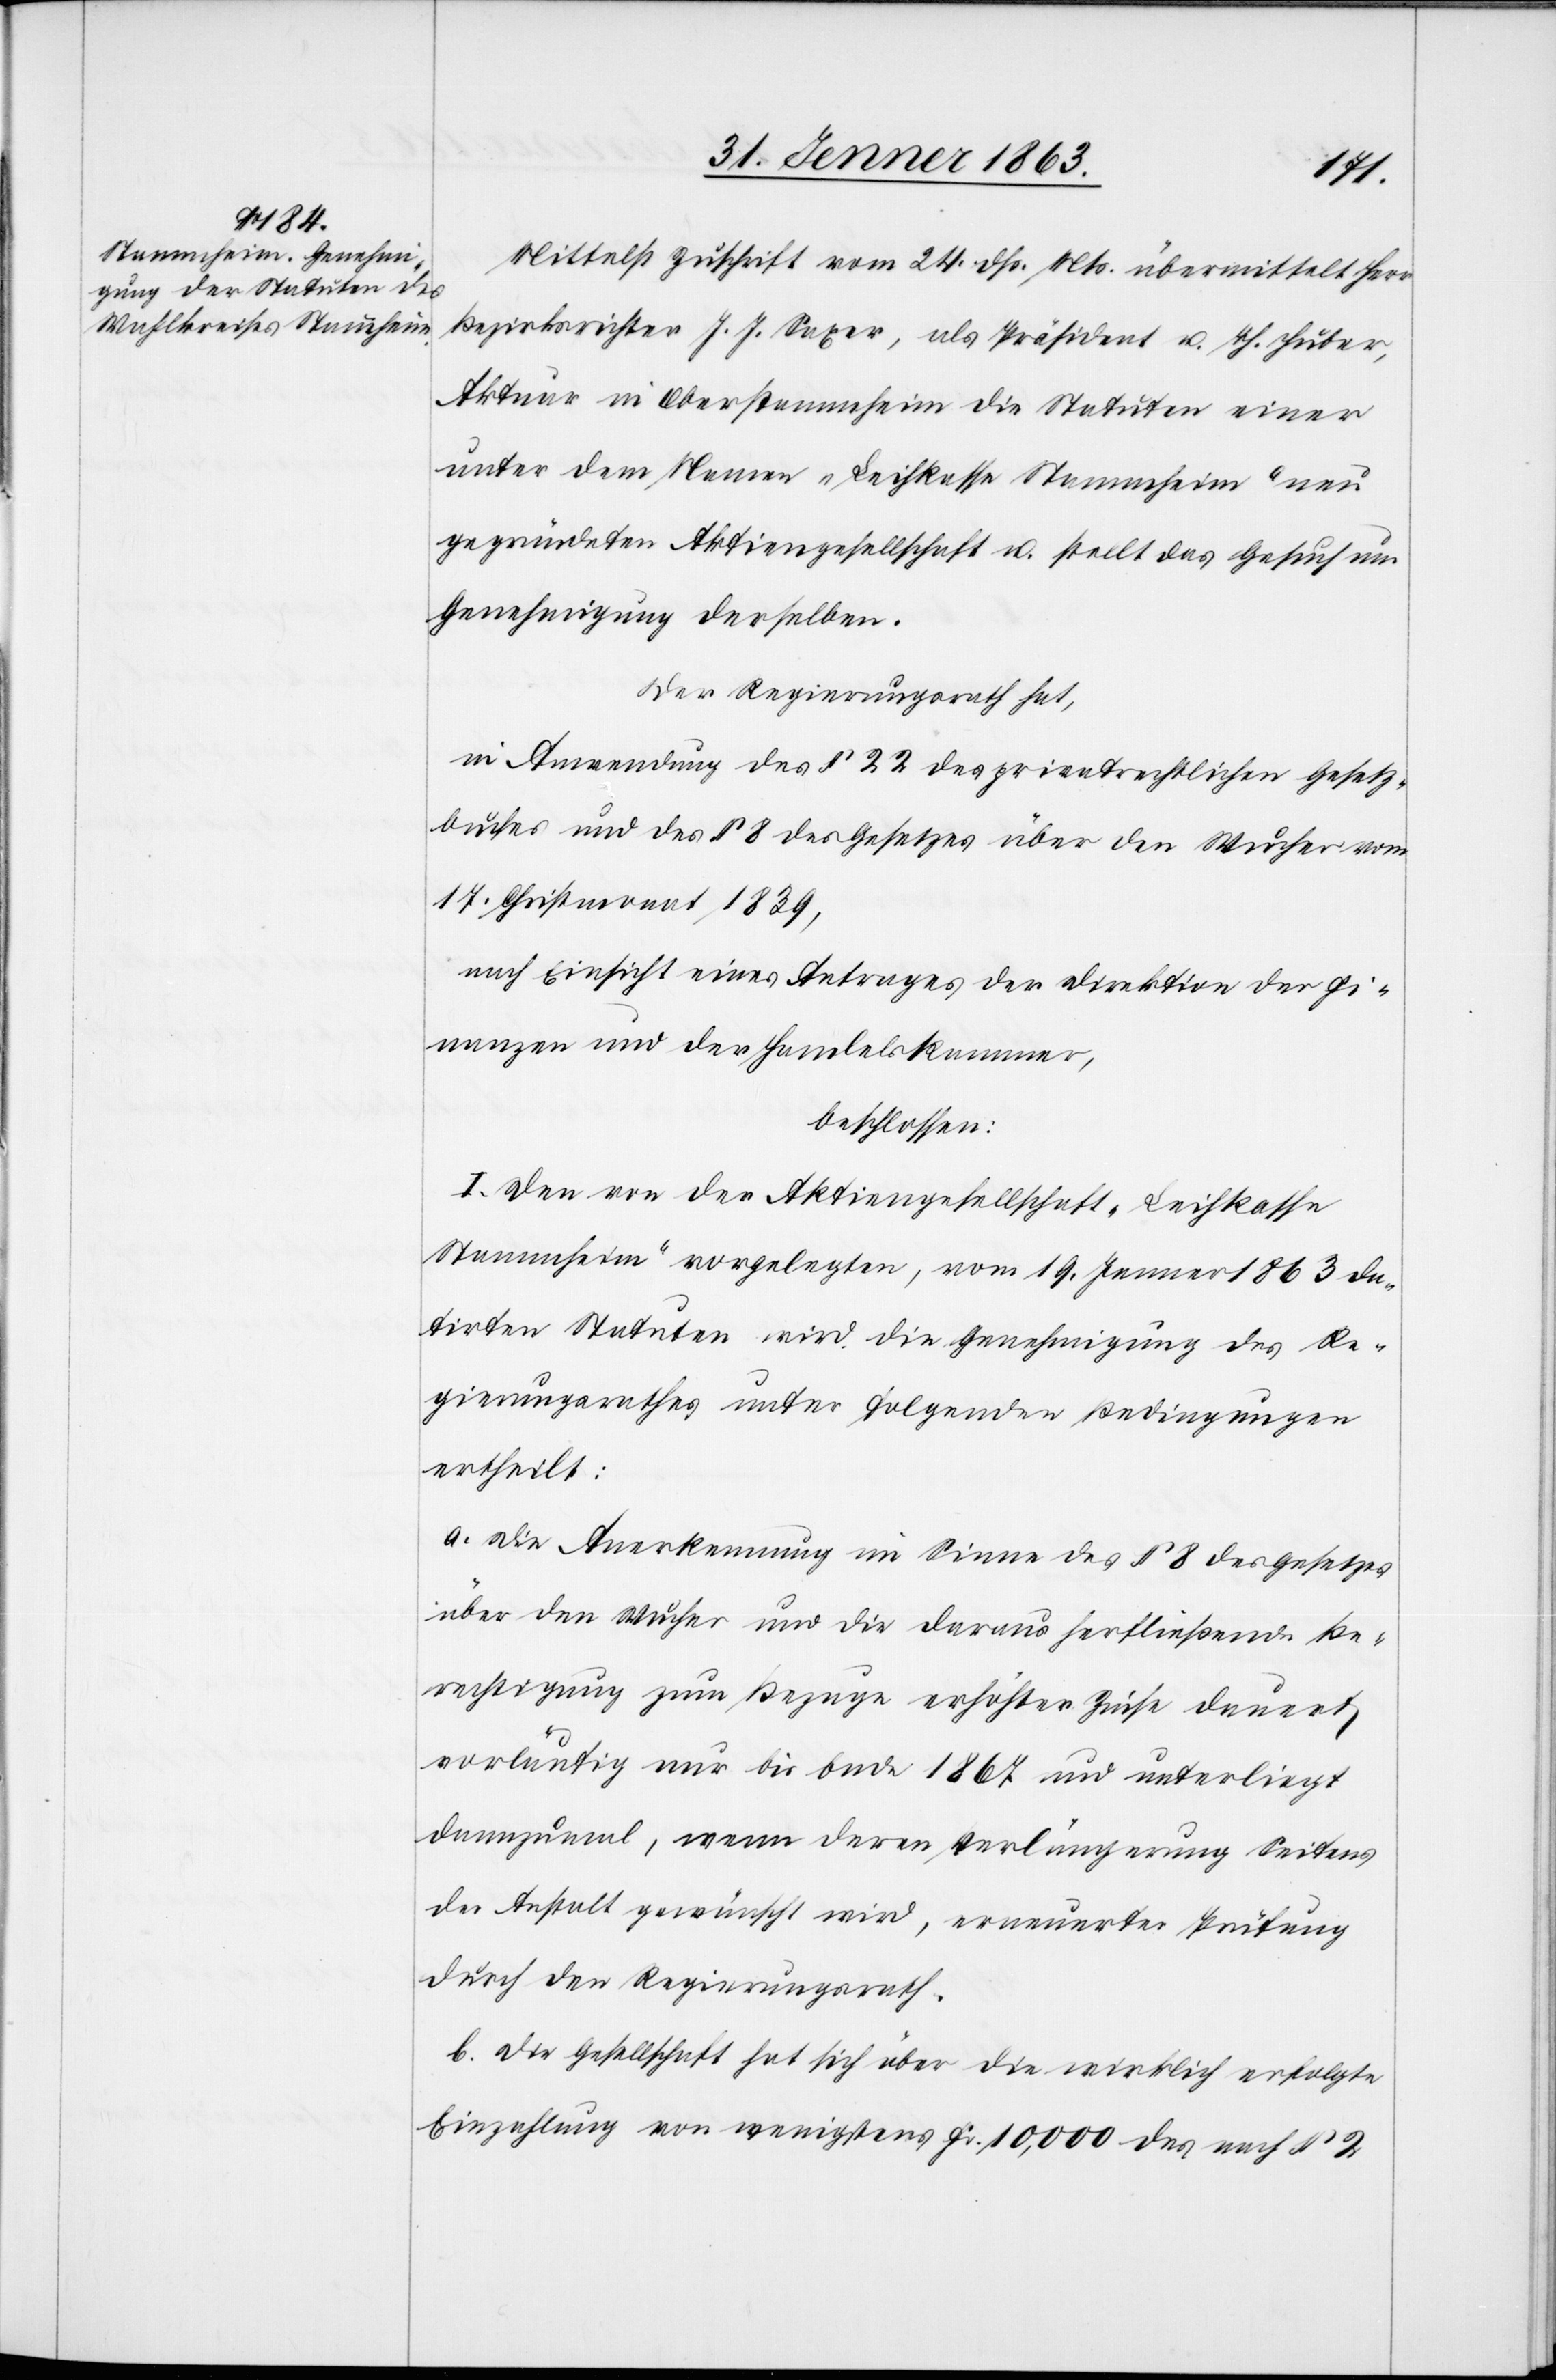
Mittelst Zuschrift vom 24. dß. Mts. übermittelt Herr
Bezirksrichter J. J. Saxer, als Präsident u. Th. Huber,
Aktuar in Oberstammheim die Statuten einer
unter dem Namen „Leihkasse Stammheim“ neu
gegründeten Aktiengesellschaft u. stellt das Gesuch um
Genehmigung derselben.
Der Regierungsrath hat,
in Anwendung des § 22 des privatrechtlichen Gesetz¬
buches und des § 8 des Gesetzes über den Wucher vom
17. Christmonat 1839,
nach Einsicht eines Antrages der Direktion der Fi¬
nanzen und der Handelskammer,
beschlossen:
I. Den von der Aktiengesellschaft „Leihkasse
Stammheim“ vorgelegten, vom 19. Jenner 1863 da¬
tirten Statuten wird die Genehmigung des Re¬
gierungsrathes unter folgenden Bedingungen
ertheilt:
a. Die Anerkennung im Sinne des § 8 des Gesetzes
über den Wucher und die daraus herfließende Be¬
rechtigung zum Bezuge erhöhter Zinse dauert
vorläufig nur bis Ende 1867 und unterliegt
dannzumal, wenn deren Verlängerung Seitens
der Anstalt gewünscht wird, erneuerter Prüfung
durch den Regierungsrath.
b. Die Gesellschaft hat sich über die wirklich erfolgte
Einzahlung von wenigstens Fr. 10,000 des nach § 2